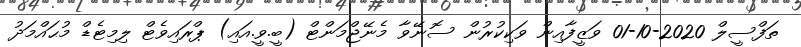
ތަފްސީލް 2020-10-01 ވަޒީފާއިން ވަކިކުރުން ސޮނޭވާ މެނޭޖްމަންޓް (ބީ.ވީ.އައި) ޕްރައިވެޓް ލިމިޓެޑް މުޙައްމަދު